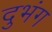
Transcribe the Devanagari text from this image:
दुभंग